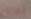
يبدو